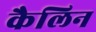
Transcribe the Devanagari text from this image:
कैलिन